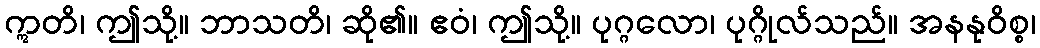
ဣတိ၊ ဤသို့။ ဘာသတိ၊ ဆို၏။ ဧဝံ၊ ဤသို့။ ပုဂ္ဂလော၊ ပုဂ္ဂိုလ်သည်။ အနနုဝိစ္စ၊